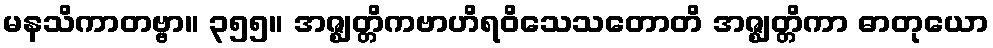
မနသိကာတဗ္ဗာ။ ၃၅၅။ အဇ္ဈတ္တိကဗာဟိရဝိသေသတောတိ အဇ္ဈတ္တိကာ ဓာတုယော